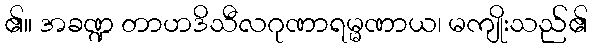
၏။ အခဏ္ဍ တာဟဒိသီလဂုဏာရမ္မဏာယ၊ မကျိုးသည်၏